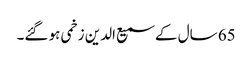
65 سال کے سمیع الدین زخمی ہو گئے۔